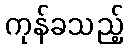
ကုန်ခသည့်